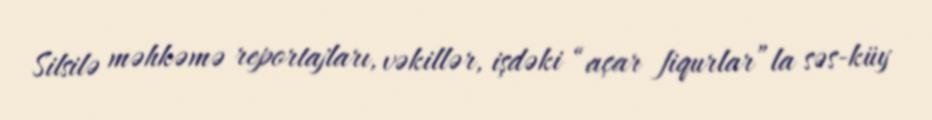
Silsilə məhkəmə reportajları, vəkillər, işdəki “açar fiqurlar”la səs-küy